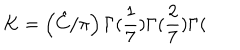
K = \left( \hat { C } / \pi \right) \Gamma ( \frac { 1 } { 7 } ) \Gamma ( \frac { 2 } { 7 } ) \Gamma (